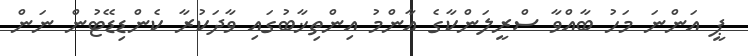
ޕީ އަންނަ މަހު ބާއްވާ ސްރީލަންކާގެ އާންމު އިންތިޚާބުގައި ވާދަކުރާ ކެންޑިޑޭޓުން ނަން